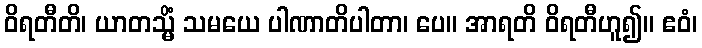
ဝိရတီတိ၊ ယာတသ္မိံ သမယေ ပါဏာတိပါတာ၊ ပေ။ အာရတိ ဝိရတီဟူ၍။ ဧဝံ၊